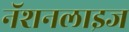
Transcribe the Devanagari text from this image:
नॅशनलाइज